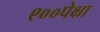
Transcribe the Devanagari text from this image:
९००पेक्षा